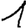
Digit: 1